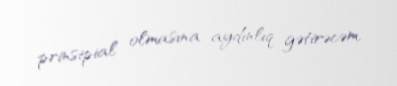
prinsipial olmasına aydınlıq gətirəcəm.